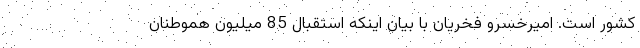
کشور است. امیرخسرو فخریان با بیان اینکه استقبال 85 میلیون هموطنان